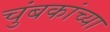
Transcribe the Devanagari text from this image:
चुंबकांच्या